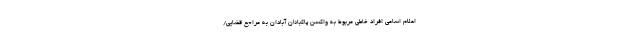
اعلام اسامی افراد خاطی مربوط به واکسن پاکبانان آبادان به مراجع قضایی/